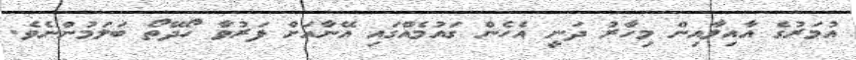
އުމަރުގެ އާއިލާއިން މިހާރު ދަނީ އެހެން ގައުމެއްގައި އޭނާއަށް ފަރުވާ ހޯދޭތޯ ބަލަމުންނެވެ.